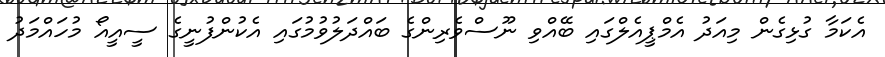
އެކަމާ ގުޅިގެން މިއަދު އެމްޕީއެލްގައި ބޭއްވި ނޫސްވެރިންގެ ބައްދަލުވުމުގައި އެކުންފުނީގެ ސީއީއޯ މުހައްމަދު